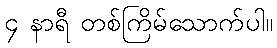
၄ နာရီ တစ်ကြိမ်သောက်ပါ။